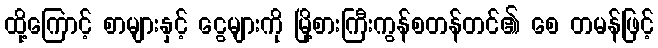
ထို့ကြောင့် စာများနှင့် ငွေများကို မြို့စားကြီးကွန်စတန်တင်၏ စေ တမန်ဖြင့်